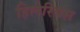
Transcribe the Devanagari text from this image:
हिलेरियस